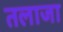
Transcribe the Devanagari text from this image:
तलाजा